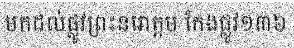
មកដល់ផ្លូវព្រះនរោត្តម កែងផ្លូវ១៣៦